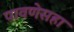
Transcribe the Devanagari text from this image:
पावणेसहा